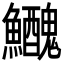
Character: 𩽤